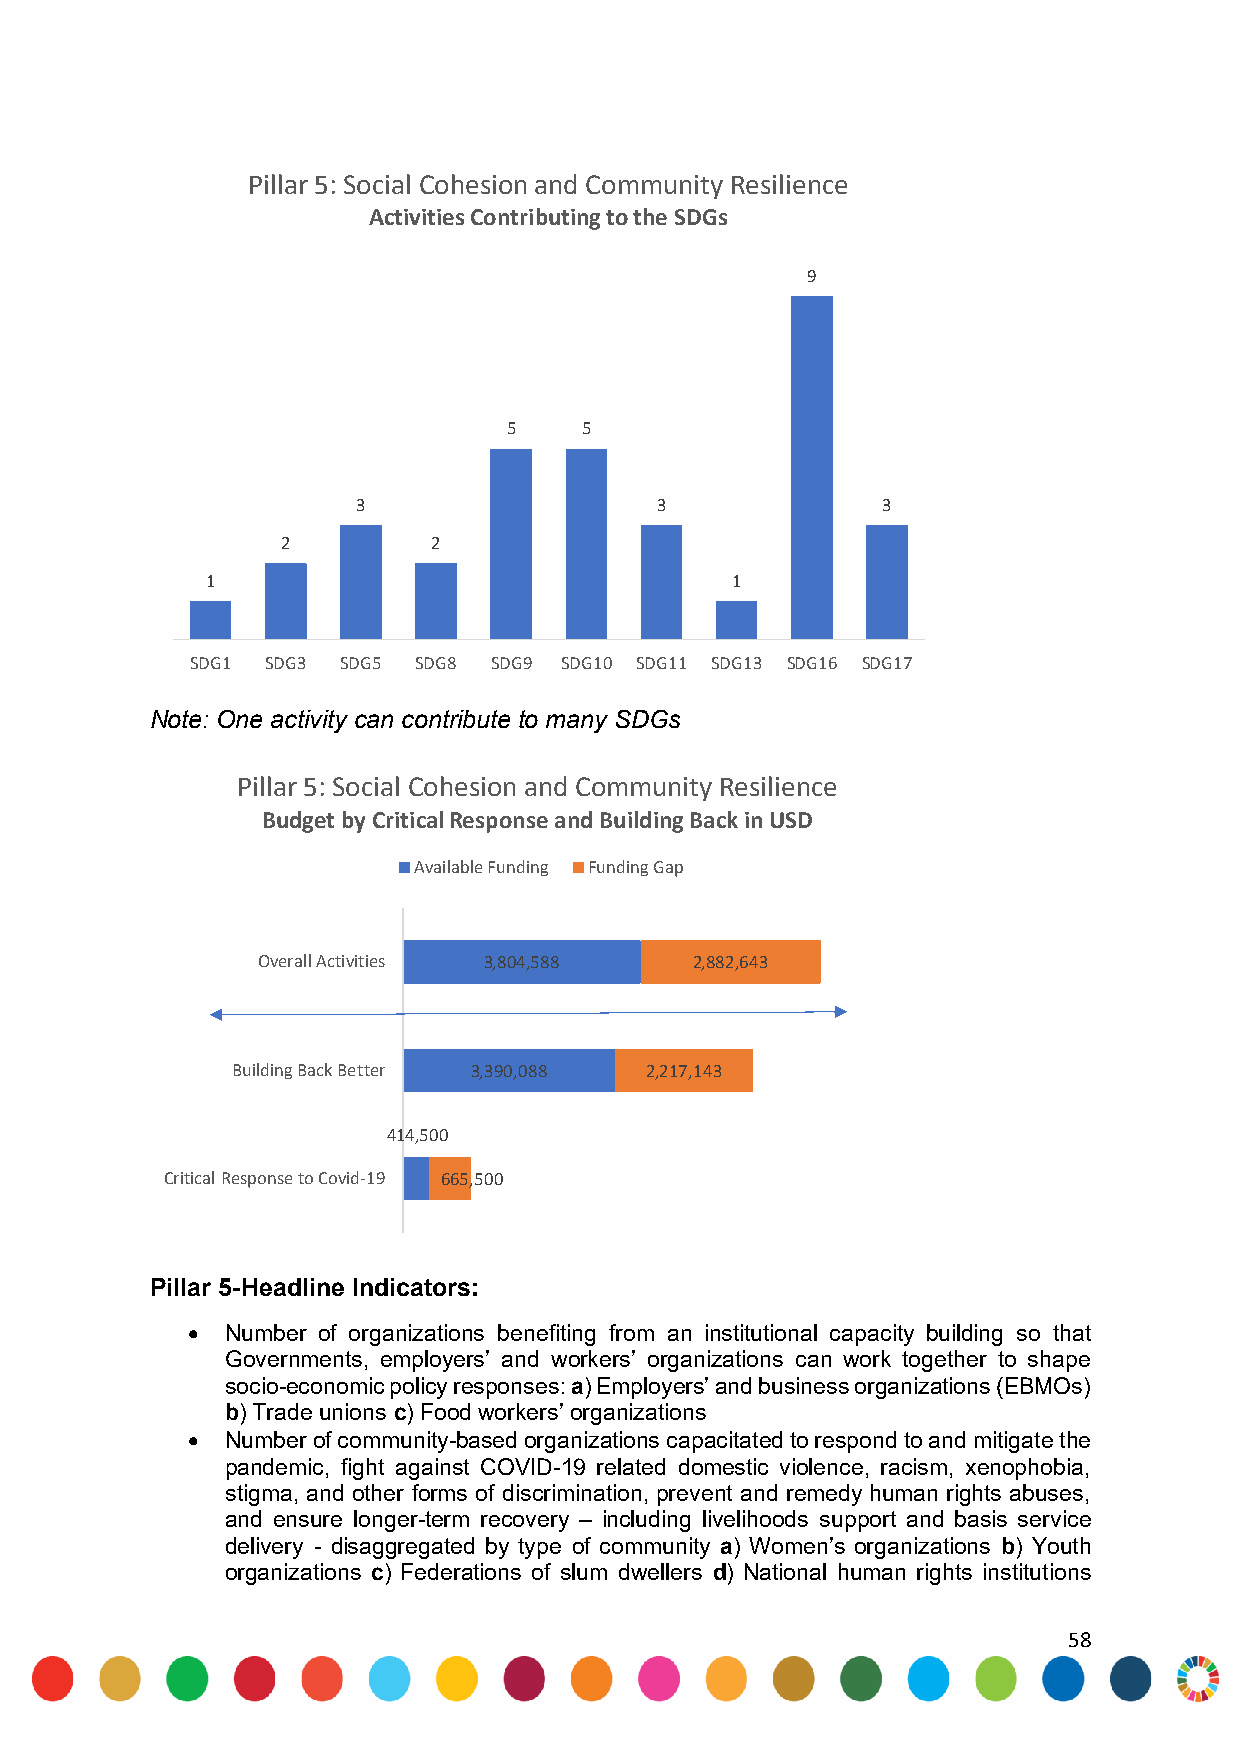
Pillar 5: Social Cohesion and Community Resilience
 Activities Contributing to the SDGs
 9
 5   5
 3                  3              3
 2         2
 1                                 1
 SDG1 SDG3 SDG5 SDG8 SDG9 SDG10 SDG11 SDG13 SDG16 SDG17
 Note: One activity can contribute to many SDGs
 Pillar 5: Social Cohesion and Community Resilience
 Budget by Critical Response and Building Back in USD
 Available Funding Funding Gap
 Overall Activities 3,804,588 2,882,643
 Building Back Better 3,390,088 2,217,143
 414,500
 Critical Response to Covid-19 665,500
 Pillar 5-Headline Indicators:
   Number of organizations benefiting from an institutional capacity building so that
 Governments, employers’ and workers’ organizations can work together to shape
 socio-economic policy responses: a) Employers’ and business organizations (EBMOs)
 b) Trade unions c) Food workers’ organizations
   Number of community-based organizations capacitated to respond to and mitigate the
 pandemic, fight against COVID-19 related domestic violence, racism, xenophobia,
 stigma, and other forms of discrimination, prevent and remedy human rights abuses,
 and ensure longer-term recovery – including livelihoods support and basis service
 delivery - disaggregated by type of community a) Women’s organizations b) Youth
 organizations c) Federations of slum dwellers d) National human rights institutions
 58